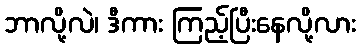
ဘာလို့လဲ၊ ဒီကား ကြည့်ပြီးနေလို့လား